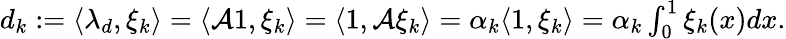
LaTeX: \begin{array}{r}{d_{k}:=\langle\lambda_{d},\xi_{k}\rangle=\langle\mathcal{A}1,\xi_{k}\rangle=\langle 1,\mathcal{A}\xi_{k}\rangle=\alpha_{k}\langle 1,\xi_{k}\rangle=\alpha_{k}\int_{0}^{1}\xi_{k}(x)dx.}\end{array}